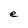
Character: e